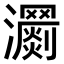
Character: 𤄨